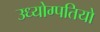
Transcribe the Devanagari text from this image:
उध्योग्पतियो